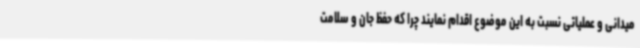
میدانی و عملیاتی نسبت به این موضوع اقدام نمایند چرا که حفظ جان و سلامت